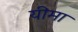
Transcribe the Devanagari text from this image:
यीमा